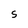
Character: S